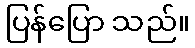
ပြန်ပြော သည်။